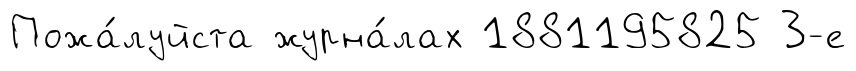
Пожа́луйста журна́лах 1881195825 3-е